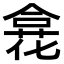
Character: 𠎍